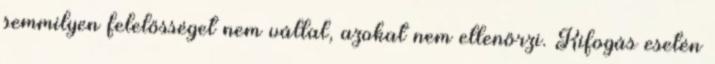
semmilyen felelősséget nem vállal, azokat nem ellenőrzi. Kifogás esetén